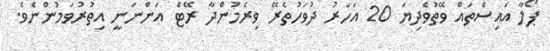
ޕޯލާ އައިސްތައް ވޭތުވެދިޔަ 20 އަހަރު ދުވަހުތެރޭ ވިރެމުންދާ ރޭޓް އަންނަނީ އިތުރުވަމުންނެވެ.